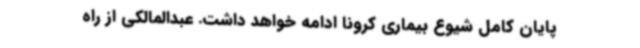
پایان کامل شیوع بیماری کرونا ادامه خواهد داشت. عبدالمالکی از راه